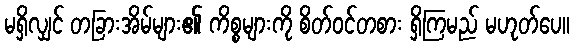
မရှိလျှင် တခြားအိမ်များ၏ ကိစ္စများကို စိတ်ဝင်တစား ရှိကြမည် မဟုတ်ပေ။